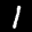
Label: 1